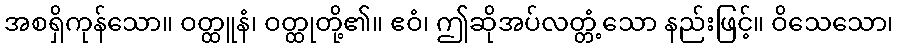
အစရှိကုန်သော။ ဝတ္ထူနံ၊ ဝတ္ထုတို့၏။ ဧဝံ၊ ဤဆိုအပ်လတ္တံ့သော နည်းဖြင့်။ ဝိသေသော၊